Leaving Certificate Examination (including Day School Certificate (Higher) General paper), 1937
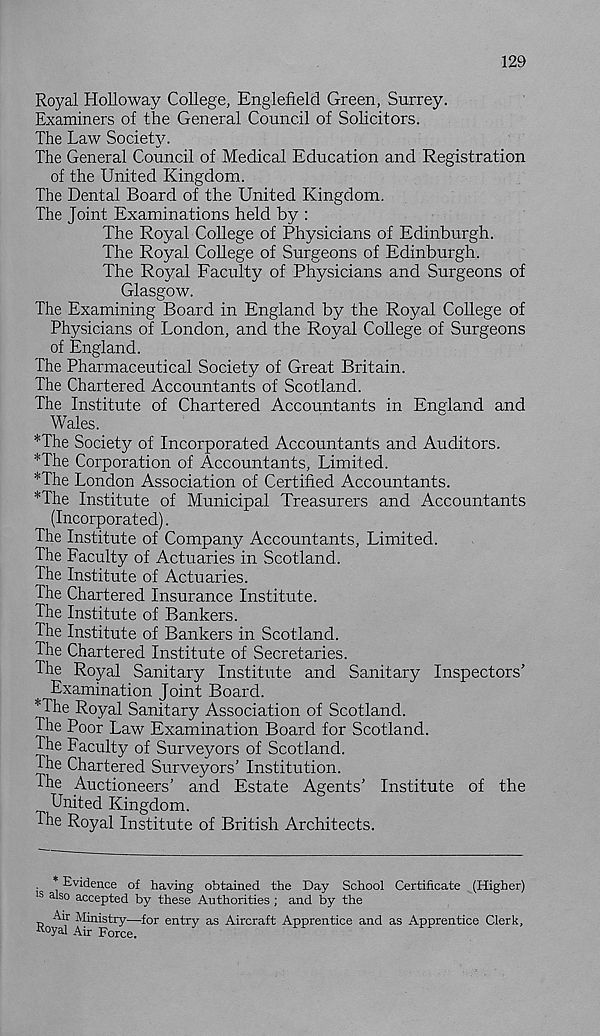
129
Royal Holloway College, Englefield Green, Surrey.
Examiners of the General Council of Solicitors.
The Law Society.
The General Council of Medical Education and Registration
of the United Kingdom.
The Dental Board of the United Kingdom.
The Joint Examinations held by :
The Royal College of Physicians of Edinburgh.
The Royal College of Surgeons of Edinburgh.
The Royal Faculty of Physicians and Surgeons of
Glasgow.
The Examining Board in England by the Royal College of
Physicians of London, and the Royal College of Surgeons
of England.
The Pharmaceutical Society of Great Britain.
The Chartered Accountants of Scotland.
The Institute of Chartered Accountants in England and
Wales.
*The Society of Incorporated Accountants and Auditors.
*The Corporation of Accountants, Limited.
*The London Association of Certified Accountants.
*The Institute of Municipal Treasurers and Accountants
(Incorporated).
The Institute of Company Accountants, Limited.
The Faculty of Actuaries in Scotland.
The Institute of Actuaries.
The Chartered Insurance Institute.
The Institute of Bankers.
The Institute of Bankers in Scotland.
The Chartered Institute of Secretaries.
The Royal Sanitary Institute and Sanitary Inspectors'
Examination Joint Board.
*The Royal Sanitary Association of Scotland.
The Poor Law Examination Board for Scotland.
The Faculty of Surveyors of Scotland.
The Chartered Surveyors’ Institution.
The Auctioneers’ and Estate Agents’ Institute of the
United Kingdom.
The Royal Institute of British Architects.
. * Evidence of having obtained the Day School Certificate (Higher)
18 a 30 accepted by these Authorities ; and by the
Air Ministry—for
Koyal Air Force.
entry as Aircraft Apprentice and as Apprentice Clerk,